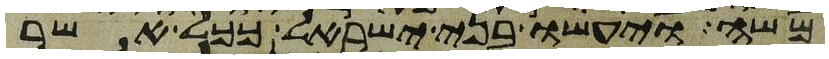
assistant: משה ויעשו בני ישראל ככל אשר